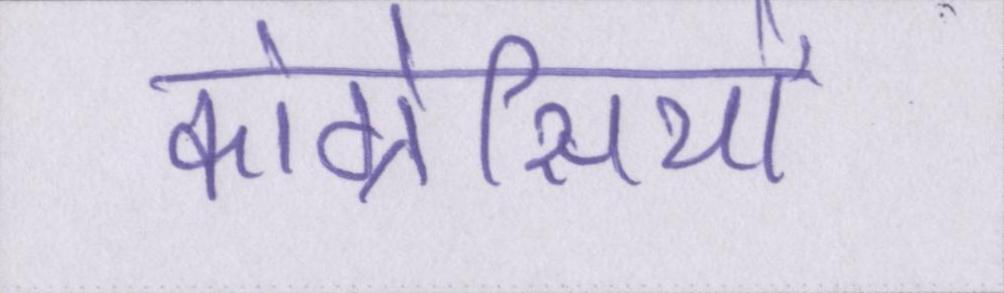
कांग्रेसियों